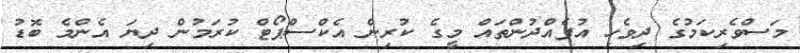
މަސްވެރިކަމުގެ ދިވެހި އުފެއްދުންތައް މީގެ ކުރިން އެކްސްޕޯޓް ކުރަމުން ދިޔަ އެންމެ ބޮޑު